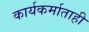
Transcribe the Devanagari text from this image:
कार्यकर्माताही